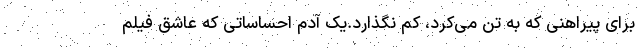
برای پیراهنی که به تن می‌کرد، کم نگذارد.یک آدم احساساتی که عاشق فیلم